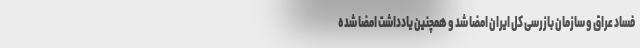
فساد عراق و سازمان بازرسی کل ایران امضا شد و همچنین یادداشت امضا شده